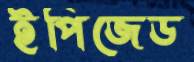
ইপিজেড